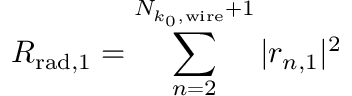
R _ { \mathrm { r a d } , 1 } = \sum _ { n = 2 } ^ { N _ { k _ { 0 } , \mathrm { w i r e } } + 1 } | r _ { n , 1 } | ^ { 2 }